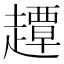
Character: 𧽼